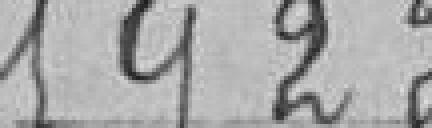
1922